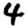
Digit: 4